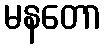
မနတော